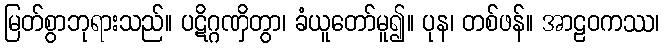
မြတ်စွာဘုရားသည်။ ပဋိဂ္ဂဏှိတွာ၊ ခံယူတော်မူ၍။ ပုန၊ တစ်ဖန်။ အာဠဝကဿ၊